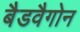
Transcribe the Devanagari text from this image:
बैडवैगोन